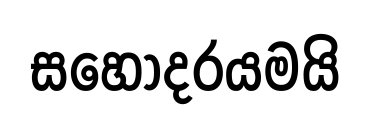
සහෝදරයමයි